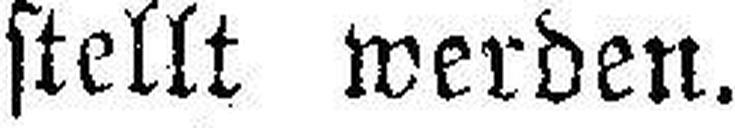
stellt werden.